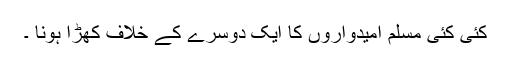
کئی کئی مسلم امیدواروں کا ایک دوسرے کے خلاف کھڑا ہونا ۔